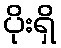
ပိုးရှိ